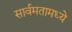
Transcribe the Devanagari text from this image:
सार्वमतामध्ये